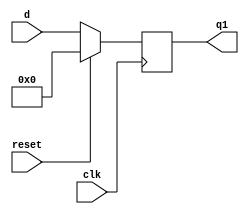
module dflipflop16(d,q1,clk,reset);
input [15:0]d;
input clk,reset;
output reg [15:0]q1;
always@(posedge clk)
begin
if(reset==1'b1)
	q1<=16'b0;
else
	q1<=d;
end
endmodule 

module mux16(a,b,s,clk,out);
input [15:0] a;
input [15:0] b;
input s;
output [15:0] out;
input clk;
wire [15:0] a,b;
reg [15:0] out; 
always @(a,b,s)
begin
if(s==0)
    out=a;
else
    out=b;
end    
endmodule